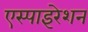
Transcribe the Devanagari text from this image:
एस्पाइरेशन